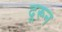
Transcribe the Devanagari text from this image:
दूरून